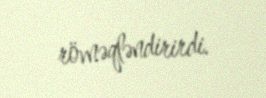
rövnəqləndirirdi.